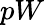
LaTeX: pW